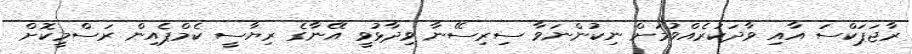
ރާޖަޕަކްސަ އާއި ވާދަކުރެއްވުމަށް ނިކުންނަވާ ސިރިސޭނާ ވިދާޅުވީ އޭނާގެ ރިޔާސީ ކެމްޕެއިން ރަސްމީކޮށް